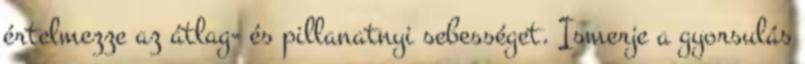
értelmezze az átlag- és pillanatnyi sebességet. Ismerje a gyorsulás